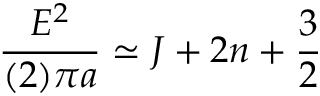
{ \frac { E ^ { 2 } } { ( 2 ) \pi a } } \simeq J + 2 n + \frac 3 2